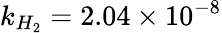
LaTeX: k_{H_{2}}=2.04\times 10^{-8}